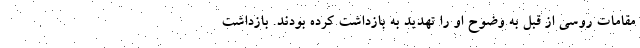
مقامات روسی از قبل به وضوح او را تهدید به بازداشت کرده بودند. بازداشت